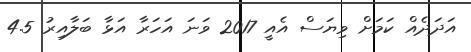
އަދަދެއް ކަމަށް ވިޔަސް އެއީ 2017 ވަނަ އަހަރާ އަޅާ ބަލާއިރު 4.5